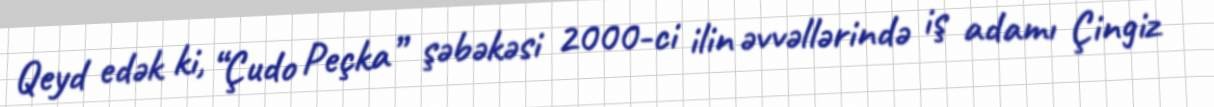
Qeyd edək ki, “Çudo Peçka” şəbəkəsi 2000-ci ilin əvvəllərində iş adamı Çingiz